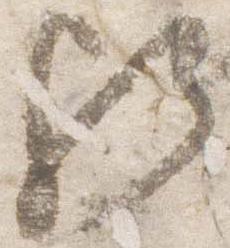
歟